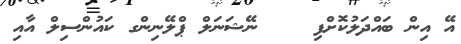
އޭ އިން ބައްދަލުކޮށްފި    ނޭޝަނަލް ޕްލޭނިންގ ކައުންސިލް އާއި